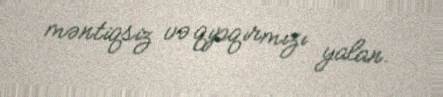
məntiqsiz və qıpqırmızı yalan.